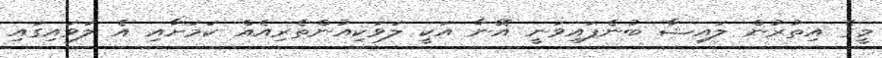
މީގެ އިތުރުން ލައިޝާ ބުނެފައިވަނީ އޭނާ އަކީ ލަވަކިއުންތެރިއެއް ކަމަށާއި އެ ލަވައިގައި